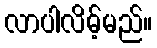
လာပါလိမ့်မည်။